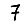
Digit: 7